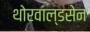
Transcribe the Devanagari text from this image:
थोरवाल्डसेन